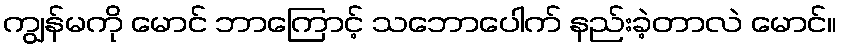
ကျွန်မကို မောင် ဘာကြောင့် သဘောပေါက် နည်းခဲ့တာလဲ မောင်။